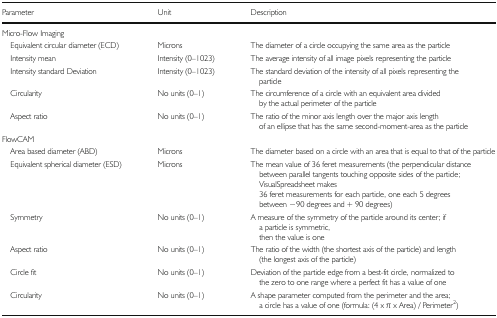
| Parameter | Unit | Description |
 | --- | --- | --- |
 | <COLSPAN=3> Micro-Flow Imaging |
 | Equivalent circular diameter (ECD) | Microns | The diameter of a circle occupying the same area as the particle |
 | Intensity mean | Intensity (0–1023) | The average intensity of all image pixels representing the particle |
 | Intensity standard Deviation | Intensity (0–1023) | The standard deviation of the intensity of all pixels representing the particle |
 | Circularity | No units (0–1) | The circumference of a circle with an equivalent area divided by the actual perimeter of the particle |
 | Aspect ratio | No units (0–1) | The ratio of the minor axis length over the major axis length of an ellipse that has the same second-moment-area as the particle |
 | <COLSPAN=3> FlowCAM |
 | Area based diameter (ABD) | Microns | The diameter based on a circle with an area that is equal to that of the particle |
 | Equivalent spherical diameter (ESD) | Microns | The mean value of 36 feret measurements (the perpendicular distance between parallel tangents touching opposite sides of the particle; VisualSpreadsheet makes 36 feret measurements for each particle, one each 5 degrees between −90 degrees and + 90 degrees) |
 | Symmetry | No units (0–1) | A measure of the symmetry of the particle around its center; if a particle is symmetric, then the value is one |
 | Aspect ratio | No units (0–1) | The ratio of the width (the shortest axis of the particle) and length (the longest axis of the particle) |
 | Circle fit | No units (0–1) | Deviation of the particle edge from a best-fit circle, normalized to the zero to one range where a perfect fit has a value of one |
 | Circularity | No units (0–1) | A shape parameter computed from the perimeter and the area; a circle has a value of one (formula: (4 x π x Area) / Perimeter2) |